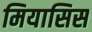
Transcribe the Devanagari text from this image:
मियासिस